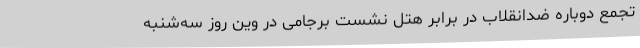
تجمع دوباره ضدانقلاب در برابر هتل نشست برجامی در وین روز سه‌شنبه